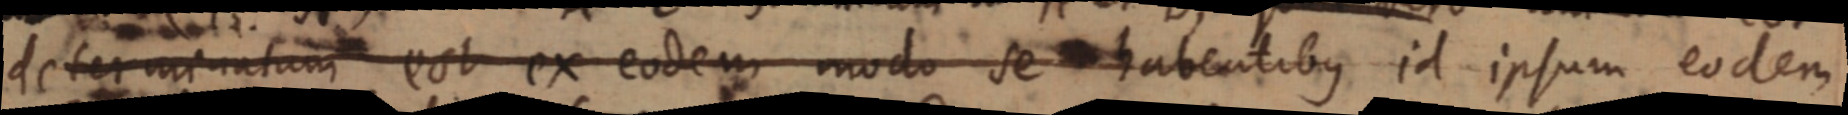
determinatum est ex eodem modo se habentibus id ipsum eodem